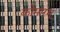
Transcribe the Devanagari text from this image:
कोमारम्